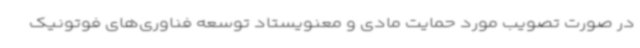
در صورت تصویب مورد حمایت مادی و معنویستاد توسعه فناوری‌های فوتونیک